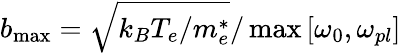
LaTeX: b_{\operatorname*{max}}=\sqrt{k_{B}{T_{e}}/m_{e}^{*}}/\operatorname*{max}\left[\omega_{0},\omega_{pl}\right]